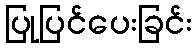
ပြုပြင်ပေးခြင်း